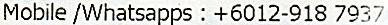
MOBILE /WHATSAPPS : +6012-918 7937